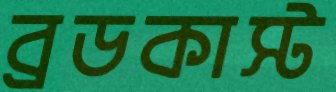
ব্রডকাস্ট